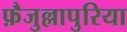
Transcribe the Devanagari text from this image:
फ़ैजुल्लापुरिया